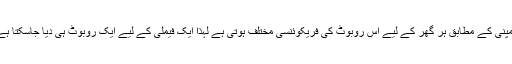
کمپنی کے مطابق ہر گھر کے لیے اِس روبوٹ کی فریکوئنسی مختلف ہوتی ہے لہذا ایک فیملی کے لیے ایک روبوٹ ہی دیا جاسکتا ہے۔